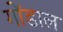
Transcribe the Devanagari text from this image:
गोंडाल